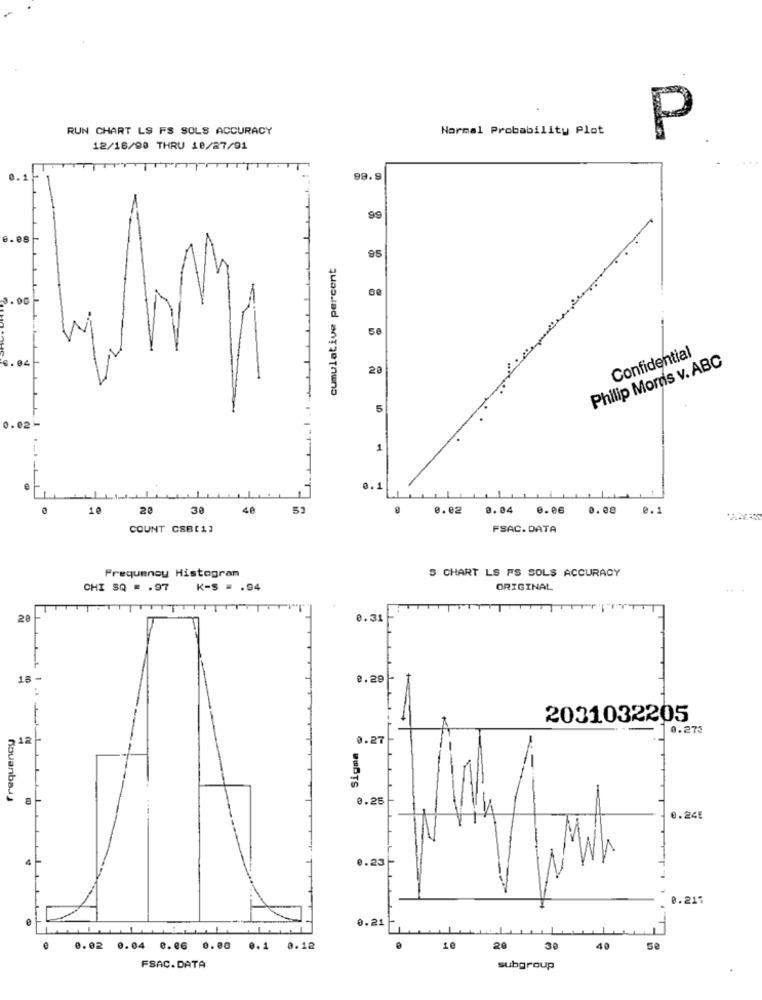
RUN CHART LS FS SOLS ACCURACY
Normal Probability Plot
P
12/16/90 THRU 18/27/91
99.9
99
0.08
95
cumulative percent
Confidential
3.02
Philip Morris v. ABC
20
5
0.02-
1
0.1
10
20
30
40
51
0.02
0.04 0.06
0.00
0.1
COUNT CSB[1]
FSAC.DATA
S CHART LS FS SOLS ACCURACY
Frequency Histogram
CHI SQ = . 97 K-S = . 94
ORIGINAL
20
0.31
18 -
0.28
2031032205
10.273
12
0.27
DUBTS
Rouanbaas
0.25
0.245
0.25
0. 217
0.21
0.02 0.04 0.06 0.08
0.1 0.12
10
20
30
40
FSAC. DATA
subgroup